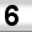
Digit: 6